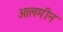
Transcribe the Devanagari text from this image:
आलमीन